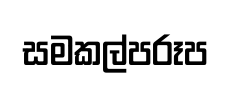
සමකල්පරූප